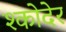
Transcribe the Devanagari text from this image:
श्कोदेर